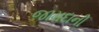
જામદાની